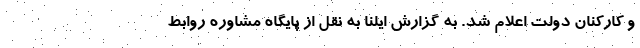
و کارکنان دولت اعلام شد. به گزارش ایلنا به نقل از پایگاه مشاوره روابط